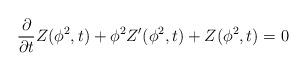
LaTeX: \begin{align*}\frac{\partial}{\partial t}Z(\phi^2,t) + \phi^2 Z'(\phi^2,t) + Z(\phi^2,t)= 0\end{align*}